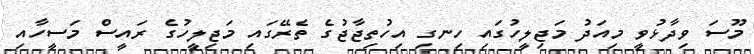
މޫސަ ވިދާޅުވީ މިއަދު މަޖިލީހުގައި ހިނގި އިހުތިޖާޖުގެ ތެރޭގައި މަޖިލީހުގެ ރައީސް މަސީހާއި